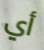
أي